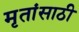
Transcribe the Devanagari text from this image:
मृतांसाठी